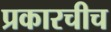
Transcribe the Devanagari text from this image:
प्रकारचीच